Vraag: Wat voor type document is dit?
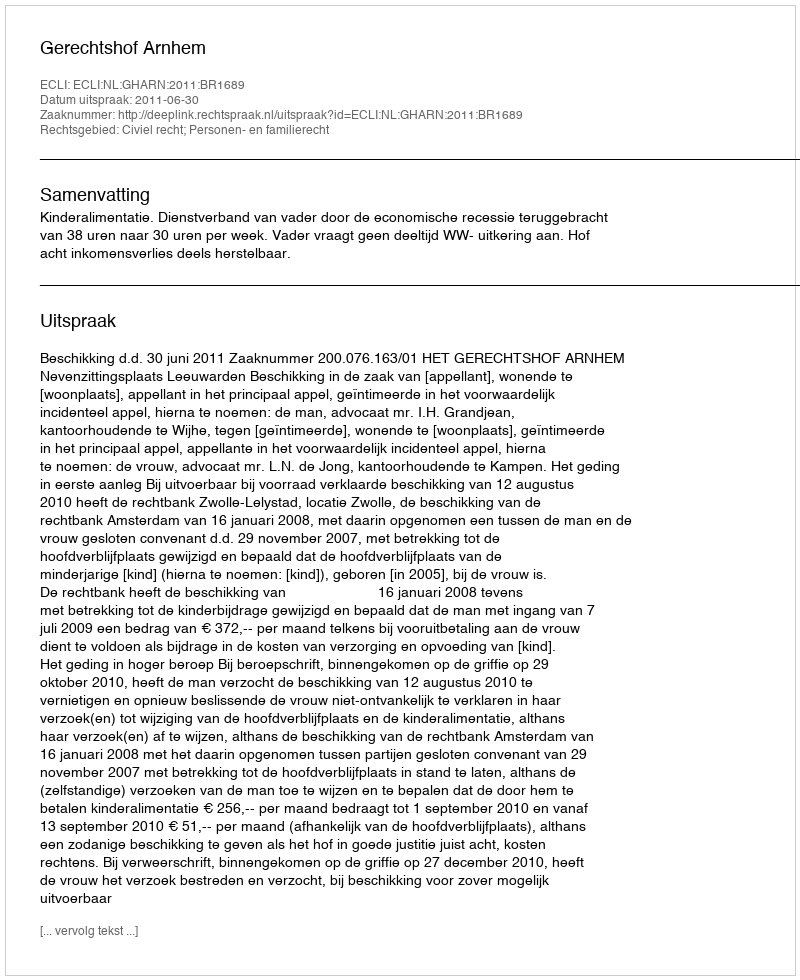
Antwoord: Uitspraak